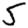
Digit: 5